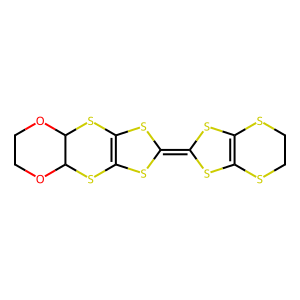
SMILES: C1COC2SC3=C(SC(=C4SC5=C(SCCS5)S4)S3)SC2O1
Inhibits HIV replication: No